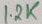
Text: 12K